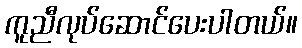
ကူညီလုပ်ဆောင်ပေးပါတယ်။